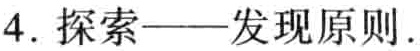
4. 探索——发现原则.